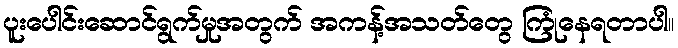
ပူးပေါင်းဆောင်ရွက်မှုအတွက် အကန့်အသတ်တွေ ကြုံနေရတာပါ။